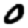
Digit: 0